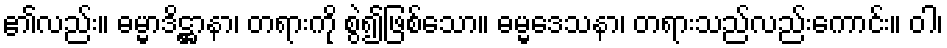
၏လည်း။ ဓမ္မာဒိဋ္ဌာနာ၊ တရားကို စွဲ၍ဖြစ်သော။ ဓမ္မဒေသနာ၊ တရားသည်လည်းကောင်း။ ဝါ၊